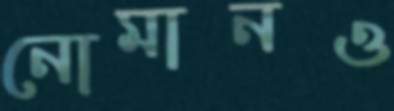
নোমানও